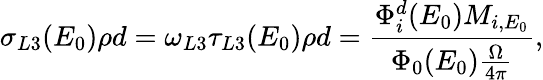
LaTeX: \sigma_{L3}(E_{0})\rho d=\omega_{L3}\tau_{L3}(E_{0})\rho d=\frac{\Phi_{i}^{d}(E_{0})M_{i,E_{0}}}{\Phi_{0}(E_{0})\frac{\Omega}{4\pi}},